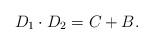
LaTeX: \begin{align*} D_1 \cdot D_2 = C + B.\end{align*}